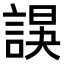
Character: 𧩍